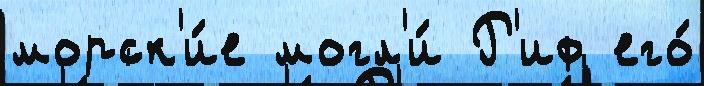
морск'и́е могл'и́ Р'иф его́